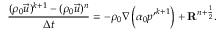
\frac { ( \rho _ { 0 } \vec { u } ) ^ { k + 1 } - ( \rho _ { 0 } \vec { u } ) ^ { n } } { \Delta t } = - \rho _ { 0 } \nabla \left( \alpha _ { 0 } { p ^ { \prime } } ^ { k + 1 } \right) + \mathbf { R } ^ { n + \frac { 1 } { 2 } } .